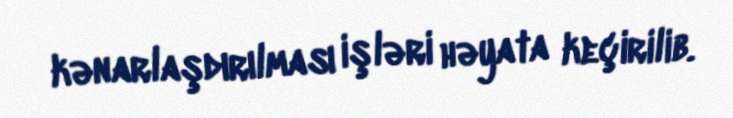
kənarlaşdırılması işləri həyata keçirilib.